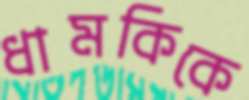
ধামকিকে